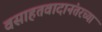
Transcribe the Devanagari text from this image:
वसाहतवादानंतरच्या